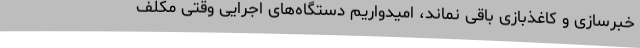
خبرسازی و کاغذبازی باقی نماند، امیدواریم دستگاه‌های اجرایی وقتی مکلف